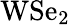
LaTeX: \textrm{WSe}_{2}